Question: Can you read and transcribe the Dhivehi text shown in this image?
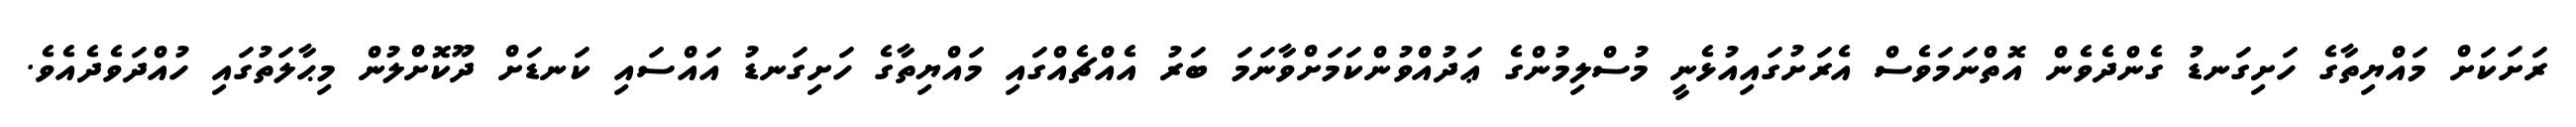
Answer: ރަށަކަށް މައްޔިތާގެ ހަށިގަނޑު ގެންދެވެން އޮތްނަމަވެސް އެރަށުގައިއުޅެނީ މުސްލިމުންގެ ޢަދުއްވުންކަމަށްވާނަމަ ބަރު އެއްޗެއްގައި މައްޔިތާގެ ހަށިގަނޑު އައްސައި ކަނޑަށް ދޫކޮށްލުން މިޙާލަތުގައި ހުއްދަވެދެއެވެ.